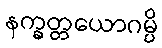
နက္ခတ္တယောဂမ္ပိ